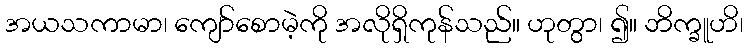
အယသကာမာ၊ ကျော်စောမဲ့ကို အလိုရှိကုန်သည်။ ဟုတွာ၊ ၍။ ဘိက္ခူဟိ၊